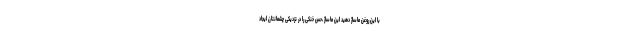
با این روغن ماساژ دهید این ماساژ ،حس خنکی را در نزدیکی چشمانتان ایجاد